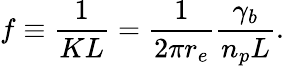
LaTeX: f\equiv\frac{1}{KL}=\frac{1}{2\pi r_{e}}\frac{\gamma_{b}}{n_{p}L}.